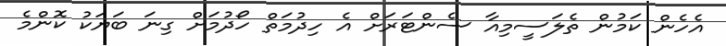
އެހެން ކަމުން ތެލަސީމިއާ ސެންޓަރަށް އެ ހިދުމަތް ހޯދުމަށް ގިނަ ބަޔަކު ކޮންމެ